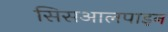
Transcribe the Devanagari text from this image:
सिसआलपाइन